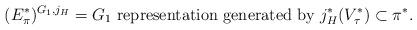
LaTeX: \begin{align*} (E_\pi^*)^{G_1,j_H} = \text{$G_1$ representation generated by $j_H^*(V_\tau^*)$} \subset \pi^*.\end{align*}